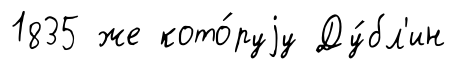
1835 же кото́руjу Ду́бл'ин